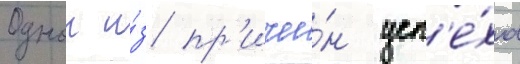
Однои и́з пр'ичи́н усп'е́ха